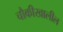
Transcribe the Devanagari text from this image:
चौकीखालील